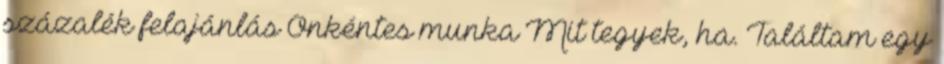
százalék felajánlás Önkéntes munka Mit tegyek, ha. Találtam egy